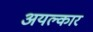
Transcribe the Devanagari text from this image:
अयल्कार